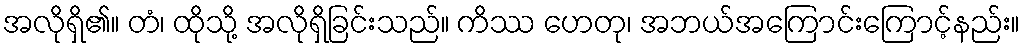
အလိုရှိ၏။ တံ၊ ထိုသို့ အလိုရှိခြင်းသည်။ ကိဿ ဟေတု၊ အဘယ်အကြောင်းကြောင့်နည်း။